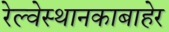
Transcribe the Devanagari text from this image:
रेल्वेस्थानकाबाहेर